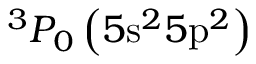
^ 3 P _ { 0 } \left( 5 \mathrm { s } ^ { 2 } 5 \mathrm { p } ^ { 2 } \right)